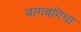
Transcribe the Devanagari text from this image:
बागबगिचा